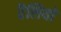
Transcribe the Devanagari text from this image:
रैलियो